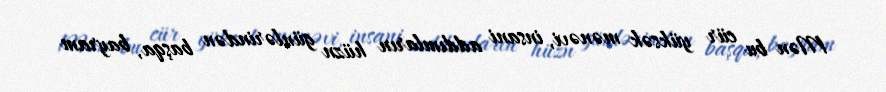
Mən bu cür yüksək mənəvi, insani addımların hüzn günlərindən başqa, bayram